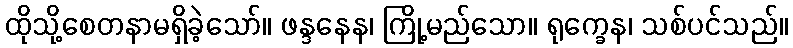
ထိုသို့စေတနာမရှိခဲ့သော်။ ဖန္ဒနေန၊ ကြို့မည်သော။ ရုက္ခေန၊ သစ်ပင်သည်။